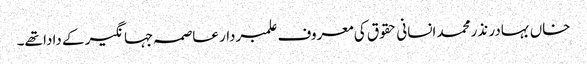
خاں بہادر نذرمحمد انسانی حقوق کی معروف علمبردار عاصمہ جہانگیر کے دادا تھے۔